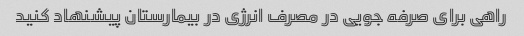
راهی برای صرفه جویی در مصرف انرژی در بیمارستان پیشنهاد کنید